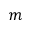
m